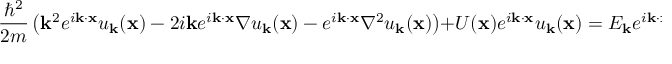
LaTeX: { \frac { \hbar ^ { 2 } } { 2 m } } \left( \mathbf { k } ^ { 2 } e ^ { i \mathbf { k } \cdot \mathbf { x } } u _ { \mathbf { k } } ( \mathbf { x } ) - 2 i \mathbf { k } e ^ { i \mathbf { k } \cdot \mathbf { x } } \nabla u _ { \mathbf { k } } ( \mathbf { x } ) - e ^ { i \mathbf { k } \cdot \mathbf { x } } \nabla ^ { 2 } u _ { \mathbf { k } } ( \mathbf { x } ) \right) + U ( \mathbf { x } ) e ^ { i \mathbf { k } \cdot \mathbf { x } } u _ { \mathbf { k } } ( \mathbf { x } ) = E _ { \mathbf { k } } e ^ { i \mathbf { k } \cdot \mathbf { x } } u _ { \mathbf { k } } ( \mathbf { x } )